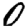
Digit: 0